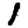
Digit: 1